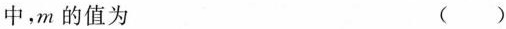
中，m的值为 ()